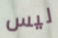
ليس